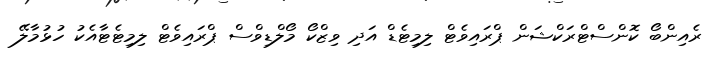
ރެއިންބޯ ކޮންސްޓްރަކްޝަން ޕްރައިވެޓް ލިމިޓެޑް އަދި ވިޒްކޯ މޯލްޑިވްސް ޕްރައިވެޓް ލިމިޓެޓާއެކު ހުޅުމާލޭ